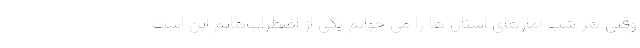
وقتی هر شب آمارهای استان ها را می خوانم یکی از اضطراب‌هایم این است